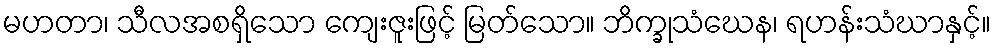
မဟတာ၊ သီလအစရှိသော ကျေးဇူးဖြင့် မြတ်သော။ ဘိက္ခုသံဃေန၊ ရဟန်းသံဃာနှင့်။